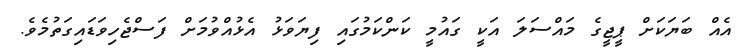
އެއް ބަޔަކަށް ޕީޖީގެ މައްސަލަ އަކީ ގައުމީ ކަންކަމުގައި ފިޔަވަޅު އެޅުއްވުމަށް ފަސްޖެހިވަޑައިގަތުމެވެ.